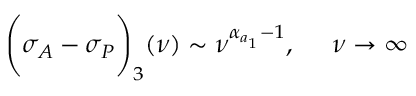
\Biggl ( \sigma _ { A } - \sigma _ { P } \Biggr ) _ { 3 } ( \nu ) \sim \nu ^ { \alpha _ { a _ { 1 } } - 1 } , \ \ \ \ \nu \rightarrow \infty